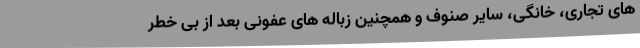
های تجاری، خانگی، سایر صنوف و همچنین زباله های عفونی بعد از بی خطر